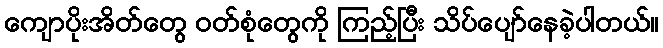
ကျောပိုးအိတ်တွေ ဝတ်စုံတွေကို ကြည့်ပြီး သိပ်ပျော်နေခဲ့ပါတယ်။